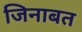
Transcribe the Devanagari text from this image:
जिनाबत